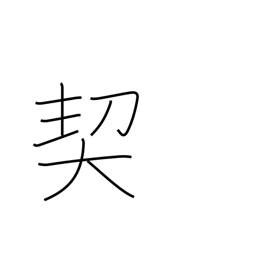
Meaning: pledge